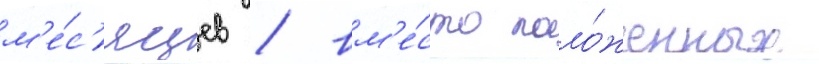
м'е́с'яцев / вм'е́сто поло́женных